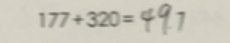
1 7 7 + 3 2 0 = 4 9 7